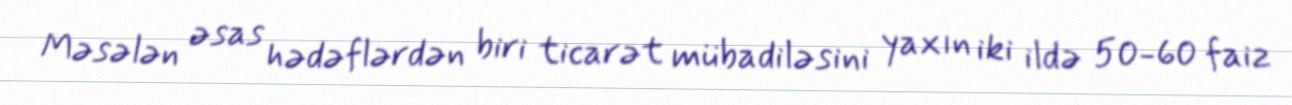
Məsələn əsas hədəflərdən biri ticarət mübadiləsini yaxın iki ildə 50-60 faiz